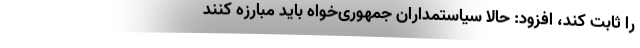
را ثابت کند، افزود: حالا سیاستمداران جمهوری‌خواه باید مبارزه کنند